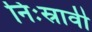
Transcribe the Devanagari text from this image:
निःस्रावी